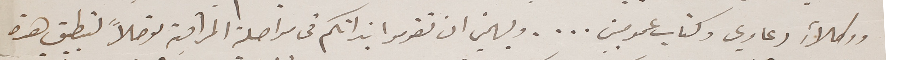
ووكلاءِ دعاوي وكتاب عموميين ... . ويهمني ان تقوموا بذاتكم فى مواصلة المراقبة توصلاً لتطبيق هذه